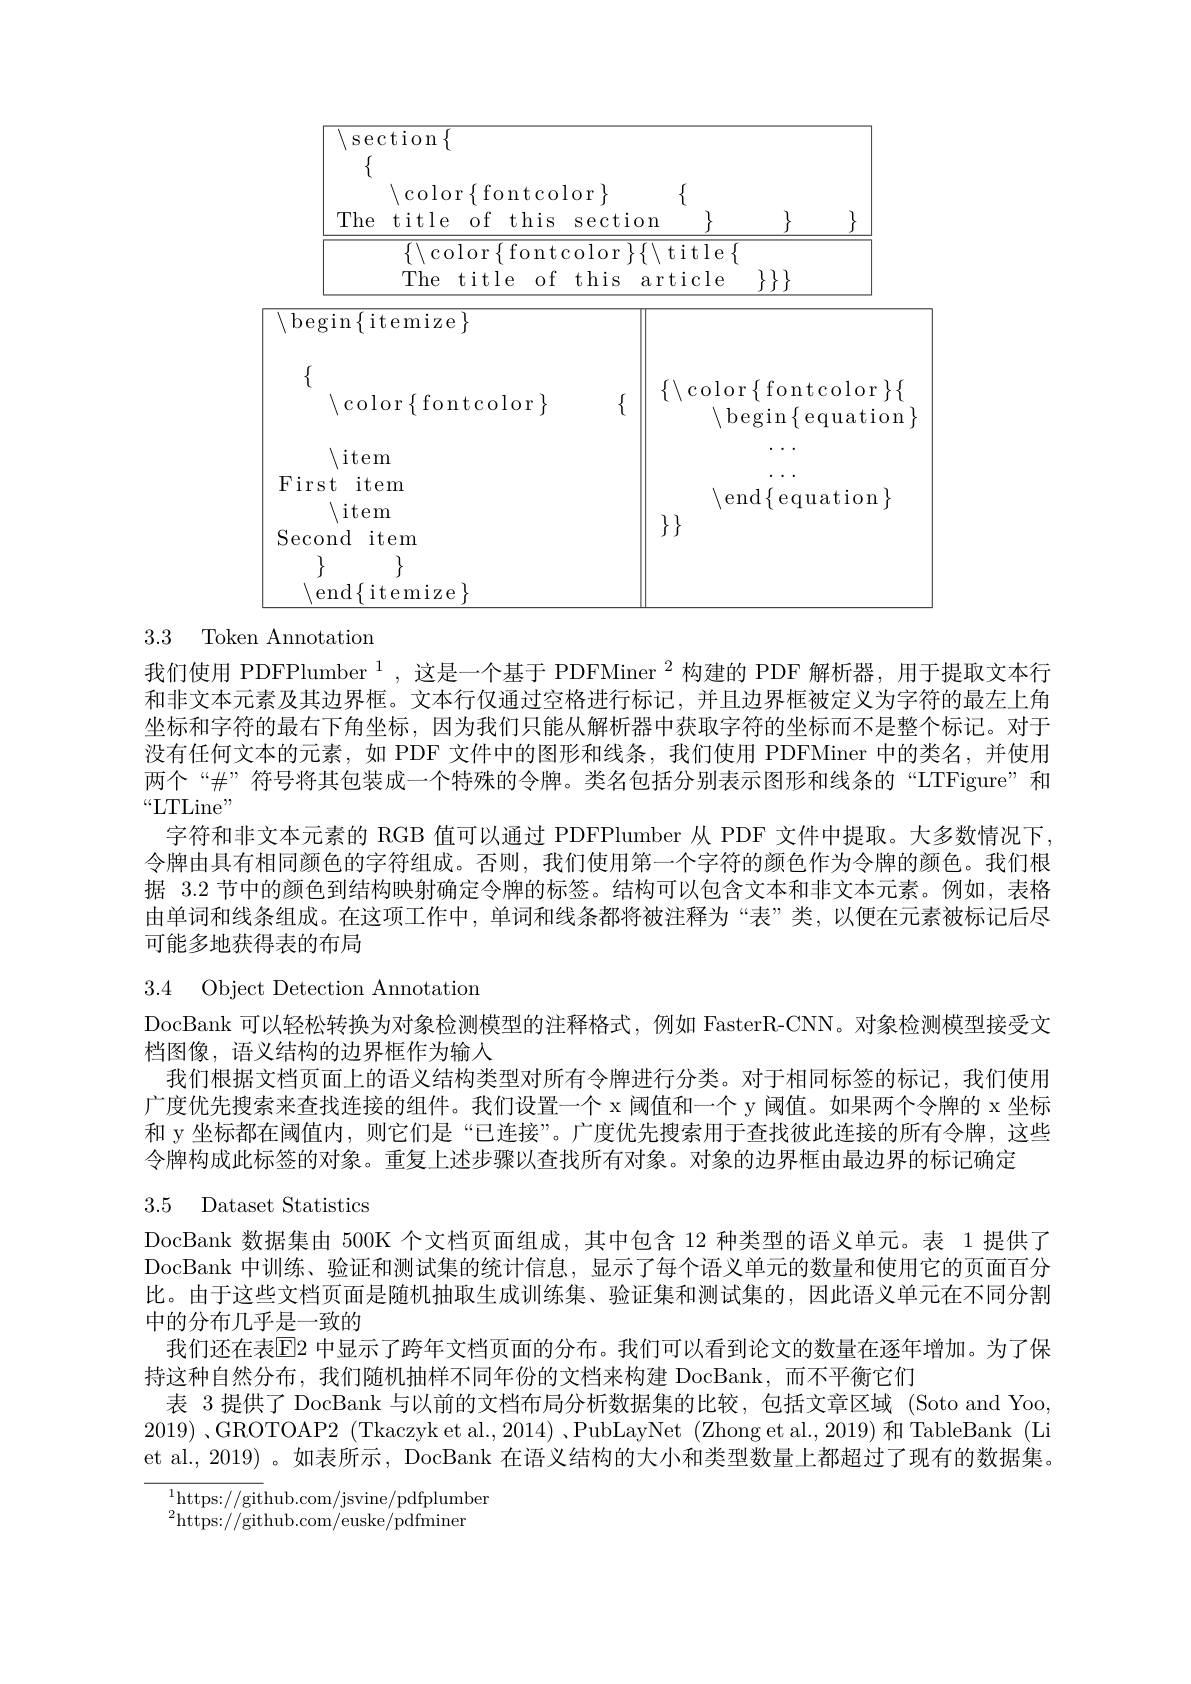
<table>
	<tbody>
		<tr>
			<th>$\operatorname{\setminus}$color$\{$fontc The title of this</th>
			<th>$\{$ $\}$</th>
			<th>$\}$</th>
			<th>$\}$</th>
		</tr>
		<tr>
			<td>$\setminus$color$\{$fontcolor$\}$ $i+a$ $Y$</td>
			<td>$\setminus\operatorname{color}\{$ $\setminus\operatorname{beg}$</td>
			<td>$\left\{\text{fontc}\right\}$ '. $\operatorname{begin}\{\operatorname{eq}$</td>
			<td>.color$\}\{$ $\mathop{\mathrm{quation}}$</td>
		</tr>
		<tr>
			<td> First item $\setminus\operatorname{item}$ Second item end{itemize}</td>
			<td>end $\}$</td>
			<td>$\operatorname{end}\{\operatorname{equa}$</td>
			<td>$\operatorname{lation}\}$</td>
		</tr>
	</tbody>
</table>

3.3 Token Annotation

我们使用 PDFPlumber $^{1}$ ,这是一个基于 PDFMiner $^{2}$构建的 PDF 解析器，用于提取文本行和非文本元素及其边界框。文本行仅通过空格进行标记，并且边界框被定义为字符的最左上角坐标和字符的最右下角坐标，因为我们只能从解析器中获取字符的坐标而不是整个标记。对于没有任何文本的元素，如 PDF 文件中的图形和线条，我们使用 PDFMiner 中的类名，并使用两个“$\#”符号将其包装成一个特殊的令牌。类名包括分别表示图形和线条的“LTFigure”和$ “LTLine”
字符和非文本元素的 RGB 值可以通过 PDFPlumber 从 PDF 文件中提取。大多数情况下， 令牌由具有相同颜色的字符组成。否则，我们使用第一个字符的颜色作为令牌的颜色。我们根据 3.2 节中的颜色到结构映射确定令牌的标签。结构可以包含文本和非文本元素。例如，表格由单词和线条组成。在这项工作中，单词和线条都将被注释为“表”类，以便在元素被标记后尽可能多地获得表的布局

3.4 Object Detection Annotation

DocBank 可以轻松转换为对象检测模型的注释格式，例如 FasterR-CNN。对象检测模型接受文
档图像，语义结构的边界框作为输入
我们根据文档页面上的语义结构类型对所有令牌进行分类。对于相同标签的标记，我们使用广度优先搜索来查找连接的组件。我们设置一个 x 阈值和一个 y 阈值。如果两个令牌的 x 坐标和 y 坐标都在阈值内，则它们是“已连接”。广度优先搜索用于查找彼此连接的所有令牌，这些令牌构成此标签的对象。重复上述步骤以查找所有对象。对象的边界框由最边界的标记确定
3.5 Dataset Statistics
DocBank 数据集由 500K 个文档页面组成，其中包含 12 种类型的语义单元。表 1 提供了DocBank 中训练、验证和测试集的统计信息，显示了每个语义单元的数量和使用它的页面百分比。由于这些文档页面是随机抽取生成训练集、验证集和测试集的，因此语义单元在不同分割中的分布几乎是一致的
我们还在表回2 中显示了跨年文档页面的分布。我们可以看到论文的数量在逐年增加。为了保
持这种自然分布，我们随机抽样不同年份的文档来构建 DocBank,而不平衡它们
表 3 提供了 DocBank 与以前的文档布局分析数据集的比较，包括文章区域 (Soto and Yoo 2019) ,GROTOAP2 (Tkaczyk et al., 2014) ,PubLayNet (Zhong et al., 2019) 和 TableBank (Li et al., 2019) 。如表所示，DocBank 在语义结构的大小和类型数量上都超过了现有的数据集。
$^{1}$https://github.com/jsvine/pdfplumber

$^{2}$https://github.com/euske/pdfminer